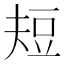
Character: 𰶘